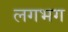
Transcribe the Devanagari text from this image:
लगभ्‍ाग